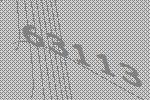
63113